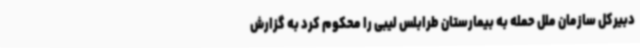
دبیرکل سازمان ملل حمله به بیمارستان طرابلس لیبی را محکوم کرد به گزارش